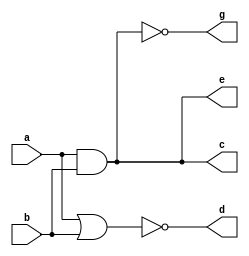
module and_nor_nand_gates (output c, d, e, g, input a, b);
  and (c, a, b);   // c is the output, a and b are inputs
  nor (d, a, b);  // d is the output, a and b are inputs
  and (e, a, b);  // e is the output, a and b are inputs
  nand(g, a, b);  //g is the output , a and b are inputs
endmodule